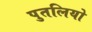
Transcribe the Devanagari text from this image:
पुतलियो